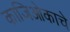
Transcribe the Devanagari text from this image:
काजिओकाचे